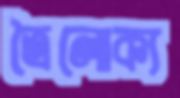
ত্রৈলোক্য